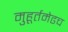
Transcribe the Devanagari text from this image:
मुहूर्तमेढच